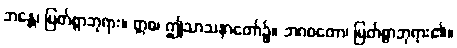
ဘန္တေ၊ မြတ်စွာဘုရား။ ဣဓ၊ ဤသာသနာတော်၌။ ဘဂဝတော၊ မြတ်စွာဘုရား၏။